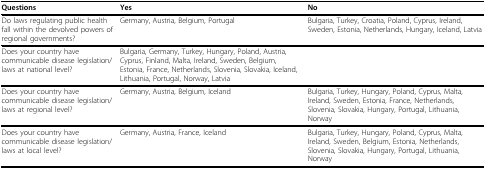
| Questions | Yes | No |
 | --- | --- | --- |
 | Do laws regulating public health fall within the devolved powers of regional governments? | Germany, Austria, Belgium, Portugal | Bulgaria, Turkey, Croatia, Poland, Cyprus, Ireland, Sweden, Estonia, Netherlands, Hungary, Iceland, Latvia |
 | Does your country have communicable disease legislation/laws at national level? | Bulgaria, Germany, Turkey, Hungary, Poland, Austria, Cyprus, Finland, Malta, Ireland, Sweden, Belgium, Estonia, France, Netherlands, Slovenia, Slovakia, Iceland, Lithuania, Portugal, Norway, Latvia |  |
 | Does your country have communicable disease legislation/laws at regional level? | Germany, Austria, Belgium, Iceland | Bulgaria, Turkey, Hungary, Poland, Cyprus, Malta, Ireland, Sweden, Estonia, France, Netherlands, Slovenia, Slovakia, Hungary, Portugal, Lithuania, Norway |
 | Does your country have communicable disease legislation/laws at local level? | Germany, Austria, France, Iceland | Bulgaria, Turkey, Hungary, Poland, Cyprus, Malta, Ireland, Sweden, Belgium, Estonia, Netherlands, Slovenia, Slovakia, Hungary, Portugal, Lithuania, Norway |